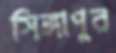
সিঙ্গাপুর